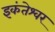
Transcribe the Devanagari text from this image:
इकंतेश्वर